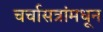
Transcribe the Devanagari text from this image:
चर्चासत्रांमधून